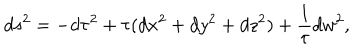
d s ^ { 2 } = - d \tau ^ { 2 } + \tau ( d x ^ { 2 } + d y ^ { 2 } + d z ^ { 2 } ) + \frac { 1 } { \tau } d w ^ { 2 } ,